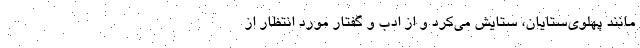
مانند پهلوی‌ستایان، ستایش می‌کرد و از ادب و گفتار مورد انتظار از